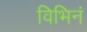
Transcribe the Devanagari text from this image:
विभिनं